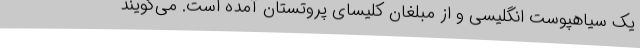
یک سیاهپوست انگلیسی و از مبلغان کلیسای پروتستان آمده است. می‌گویند